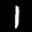
Label: 1